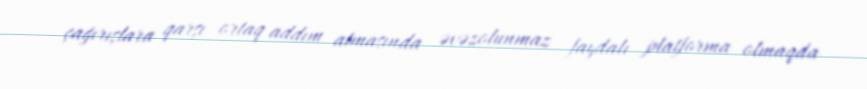
çağırışlara qarşı ortaq addım atmasında əvəzolunmaz faydalı platforma olmaqda